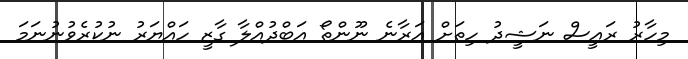
މިހާރު ރައީސް ނަޝީދު ހިތަށް އަރާނެ ނޫންތޯ އަބްދުއްލާ ގާޒީ ހައްޔަރު ނުކުރެވުނުނަމަ